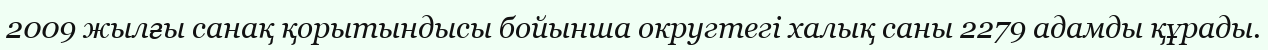
2009 жылғы санақ қорытындысы бойынша округтегі халық саны 2279 адамды құрады.